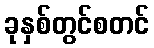
ခုနှစ်တွင်စတင်